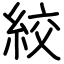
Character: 絞